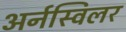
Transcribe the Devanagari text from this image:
अर्नस्विलर